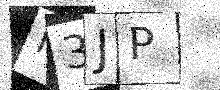
Text: M3JP